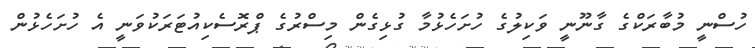
ހުސްނީ މުބާރަކްގެ ގާނޫނީ ވަކިލުގެ ހުށަހެޅުމާ ގުޅިގެން މިސްރުގެ ޕްރޮސެކިއުޓަރަކުވަނީ އެ ހުށަހެޅުން